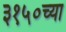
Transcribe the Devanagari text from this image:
३१५०च्या